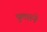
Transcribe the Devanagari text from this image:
दुलारने